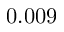
0 . 0 0 9